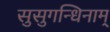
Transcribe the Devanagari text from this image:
सुसुगन्धिनाम्